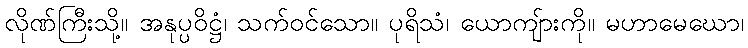
လိုဏ်ကြီးသို့။ အနုပ္ပဝိဋ္ဌံ၊ သက်ဝင်သော။ ပုရိသံ၊ ယောကျ်ားကို။ မဟာမေဃော၊